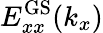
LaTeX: E_{xx}^{\mathrm{GS}}(k_{x})